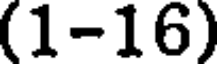
(1-16)